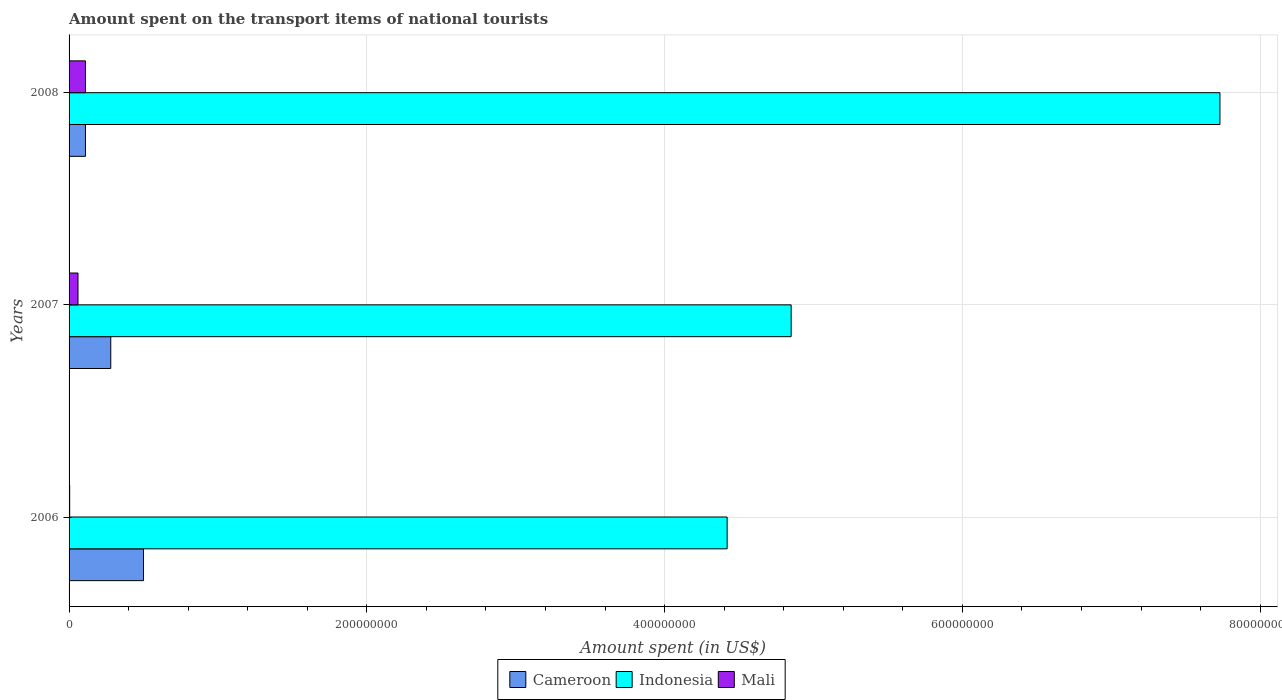
| Years | Cameroon | Indonesia | Mali |
 | --- | --- | --- | --- |
 | 2006 | 5e+07 | 4.42e+08 | 4e+05 |
 | 2007 | 2.8e+07 | 4.85e+08 | 6e+06 |
 | 2008 | 1.1e+07 | 7.73e+08 | 1.1e+07 |